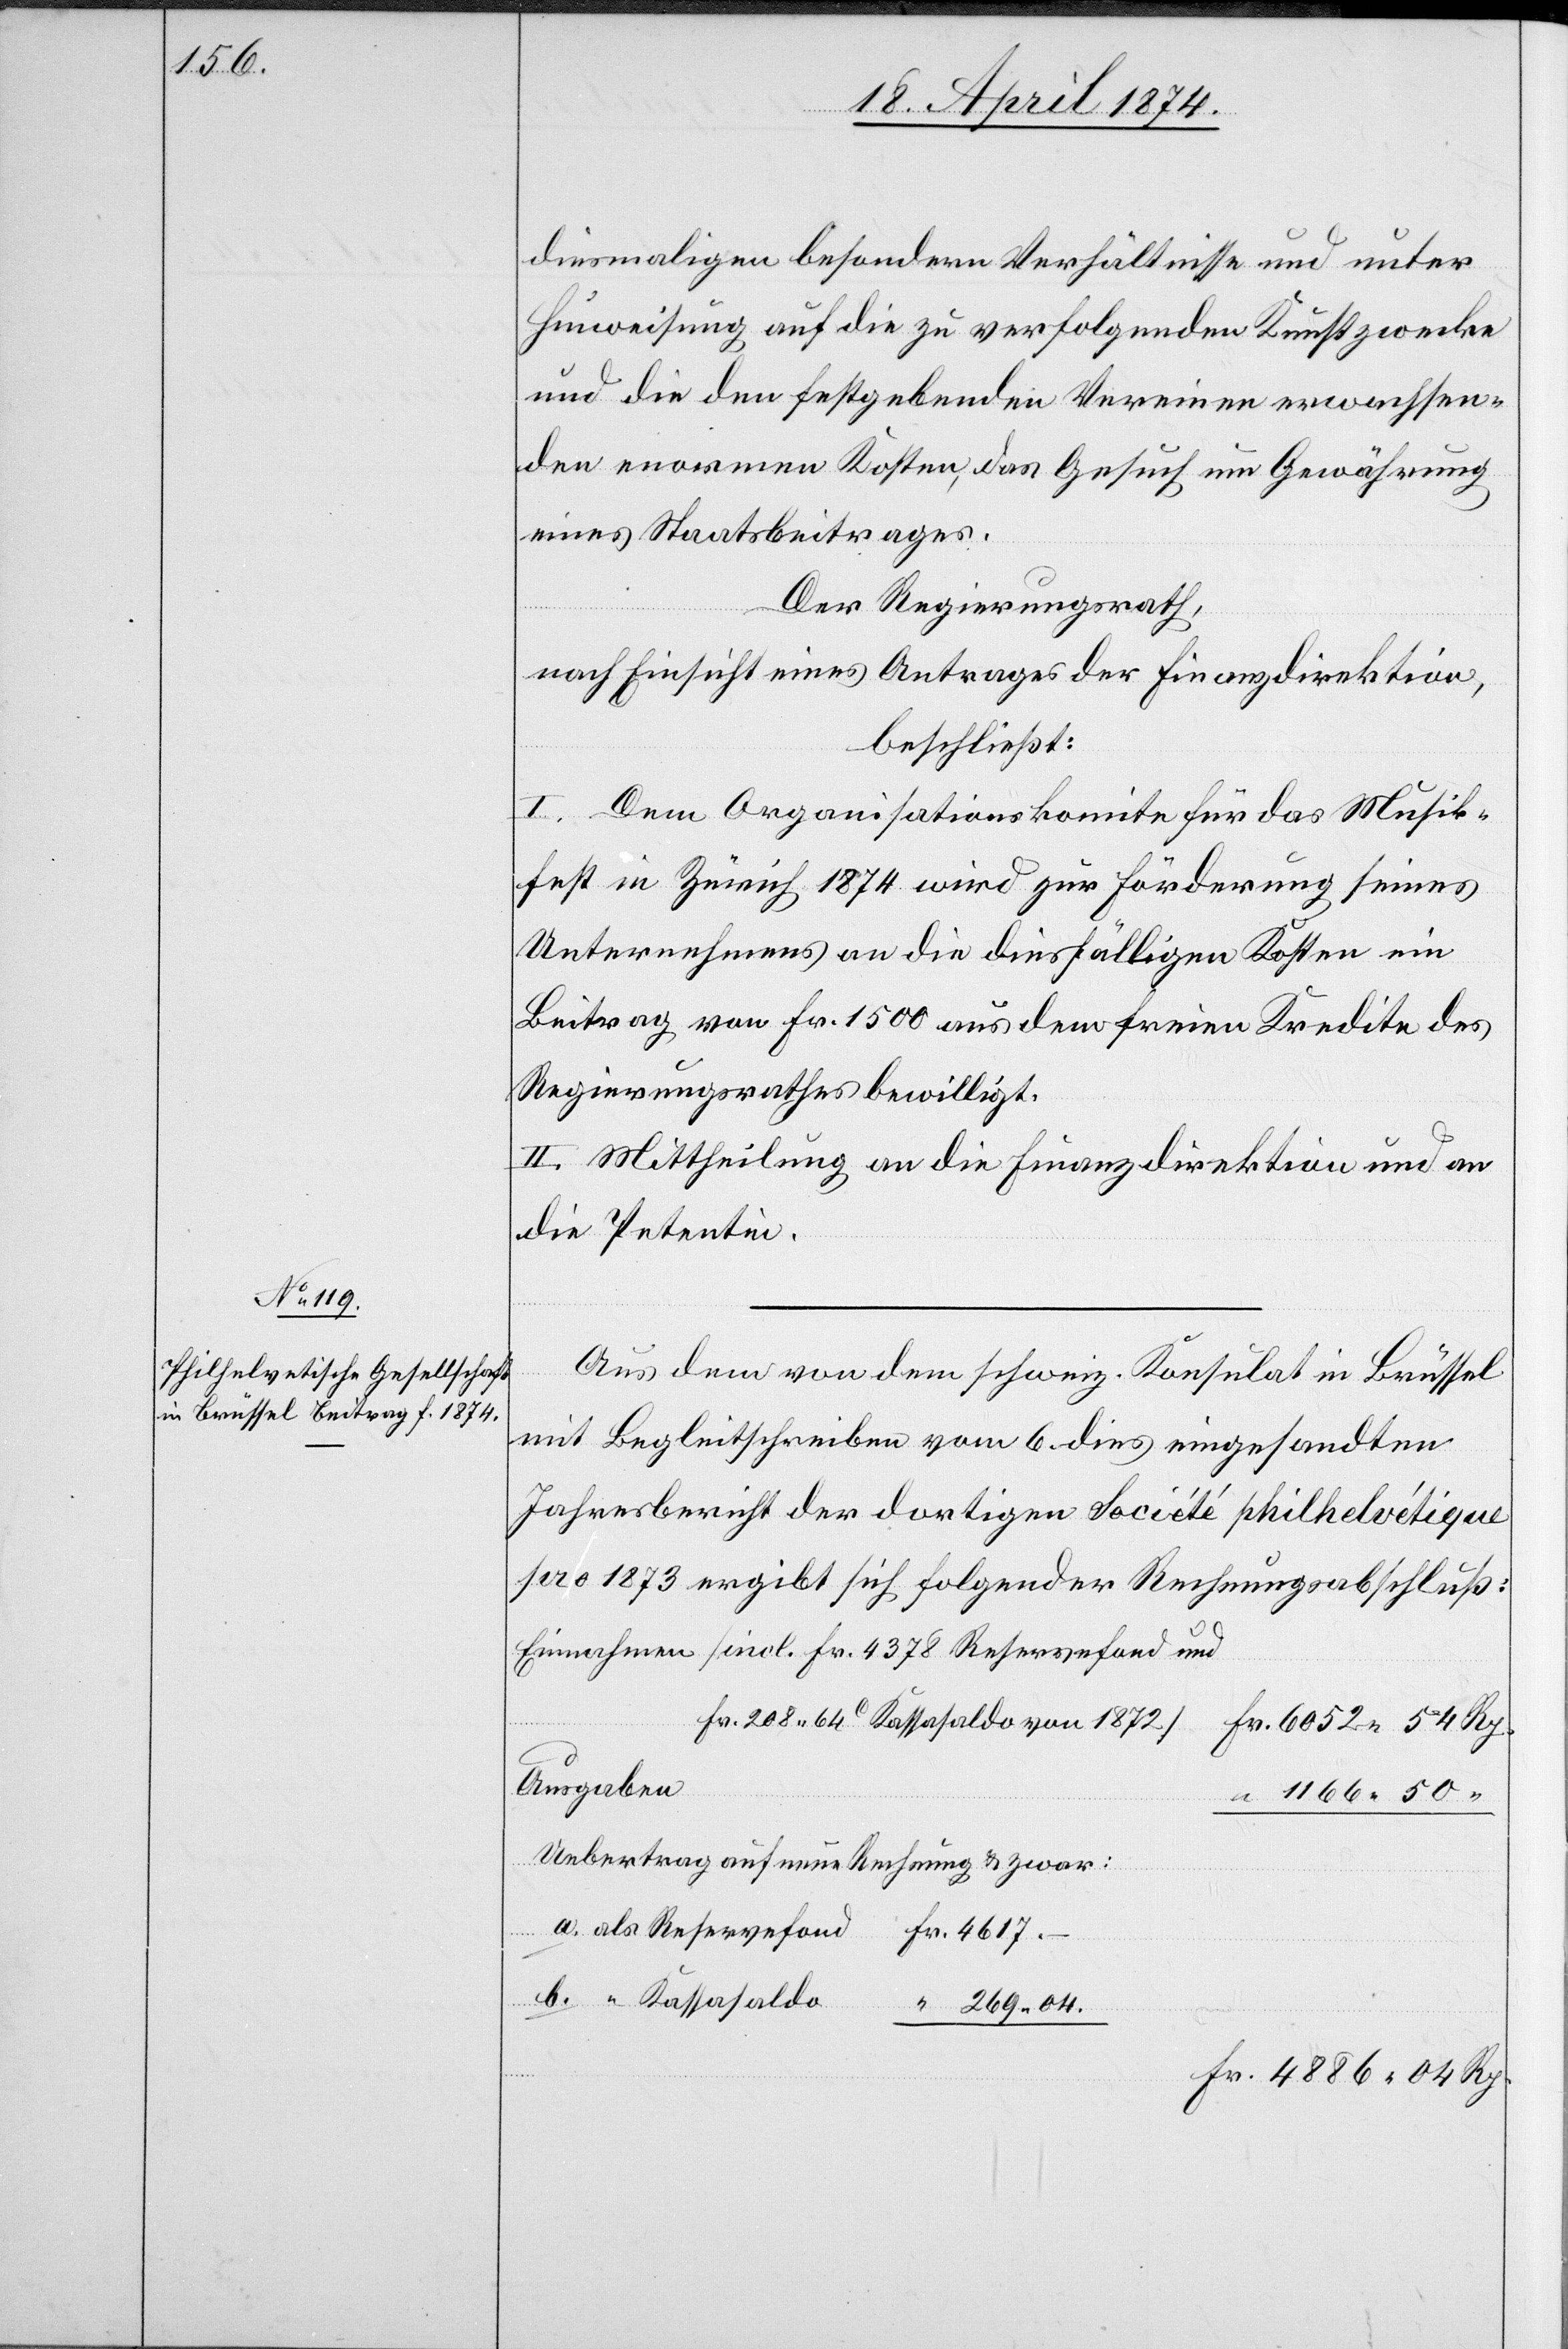
diesmaligen besondern Verhältnisse und unter
Hinweisung auf die zu verfolgenden Kunstzwecke
und die den festgebenden Vereinen erwachsen¬
den enormen Kosten, das Gesuch um Gewährung
eines Staatsbeitrages.
Der Regierungsrath,
nach Einsicht eines Antrages der Finanzdirektion,
beschließt:
I. Dem Organisationskomite für das Musik¬
fest in Zürich 1874 wird zur Förderung seines
Unternehmens an die diesfälligen Kosten ein
Beitrag von Fr. 1500 aus dem freien Kredite des
Regierungsrathes bewilligt.
II. Mittheilung an die Finanzdirektion und an
die Petentin.
Aus dem von dem schweiz. Konsulat in Brüssel
mit Begleitschreiben vom 6. dies eingesandten
Jahresbericht der dortigen Société philhelvétique
pro 1873 ergibt sich folgender Rechnungsabschluß:
Einnahmen [incl. Fr. 4378 Reservefond und
Fr. 208.54 Rp. Kassasaldo von 1872]		F¬
r. 6052.54 Rp.
“ 1166.50 “
Uebertrag auf neue Rechnung u. zwar:
a. als Reservefond	Fr. 4617.–
b. “ Kassasaldo
“ 269.04.
Fr. 4886.04 Rp.